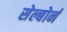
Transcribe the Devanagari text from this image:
सेल्बोर्न